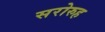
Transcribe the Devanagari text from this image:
सरोरुह